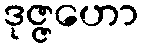
ဒုဇ္ဇဟော